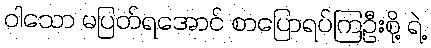
ဝါသော မပြတ်ရအောင် စာပြောရပ်ကြဦးစို့ ရဲ့